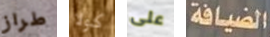
طراز كولا على الضيافة